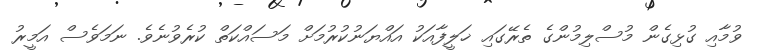
ވުމާއި ގުޅިގެން މުސްލިމުންގެ ތެރޭގައި ޚަލީފާއަކު އައްޔަނުކުރުމަށް މަސައްކަތް ކުރެވުނެވެ. ނަމަވެސް އަމީރު